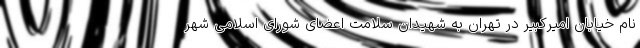
نام خیابان امیرکبیر در تهران به شهیدان سلامت اعضای شورای اسلامی شهر